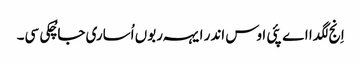
اِنج لگدا اے پئی اوس اندر ایہہ ربوں اُساری جا چُکی سی۔